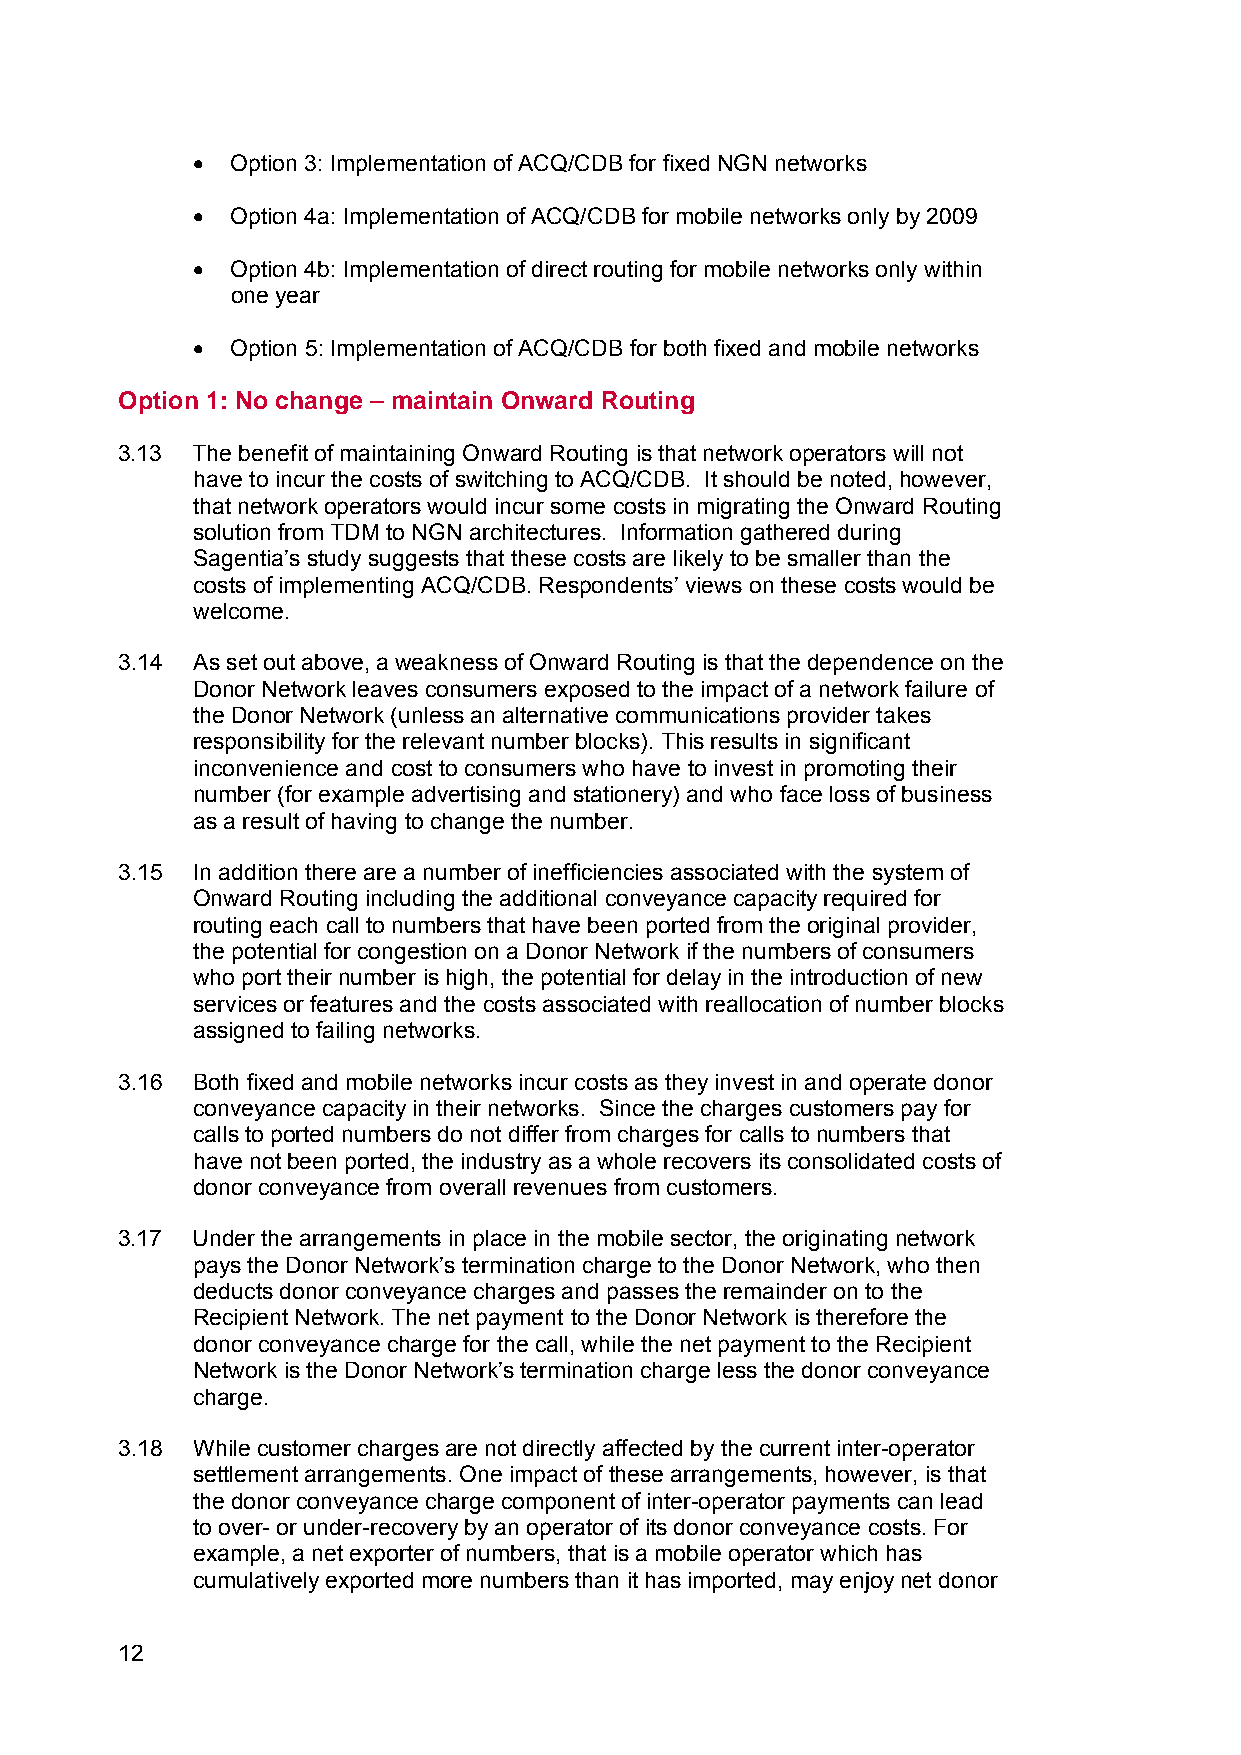
• Option 3: Implementation of ACQ/CDB for fixed NGN networks
 • Option 4a: Implementation of ACQ/CDB for mobile networks only by 2009
 • Option 4b: Implementation of direct routing for mobile networks only within
 one year
 • Option 5: Implementation of ACQ/CDB for both fixed and mobile networks
 Option 1: No change – maintain Onward Routing
 3.13 The benefit of maintaining Onward Routing is that network operators will not
 have to incur the costs of switching to ACQ/CDB. It should be noted, however,
 that network operators would incur some costs in migrating the Onward Routing
 solution from TDM to NGN architectures. Information gathered during
 Sagentia’s study suggests that these costs are likely to be smaller than the
 costs of implementing ACQ/CDB. Respondents’ views on these costs would be
 welcome.
 3.14 As set out above, a weakness of Onward Routing is that the dependence on the
 Donor Network leaves consumers exposed to the impact of a network failure of
 the Donor Network (unless an alternative communications provider takes
 responsibility for the relevant number blocks). This results in significant
 inconvenience and cost to consumers who have to invest in promoting their
 number (for example advertising and stationery) and who face loss of business
 as a result of having to change the number.
 3.15 In addition there are a number of inefficiencies associated with the system of
 Onward Routing including the additional conveyance capacity required for
 routing each call to numbers that have been ported from the original provider,
 the potential for congestion on a Donor Network if the numbers of consumers
 who port their number is high, the potential for delay in the introduction of new
 services or features and the costs associated with reallocation of number blocks
 assigned to failing networks.
 3.16 Both fixed and mobile networks incur costs as they invest in and operate donor
 conveyance capacity in their networks. Since the charges customers pay for
 calls to ported numbers do not differ from charges for calls to numbers that
 have not been ported, the industry as a whole recovers its consolidated costs of
 donor conveyance from overall revenues from customers.
 3.17 Under the arrangements in place in the mobile sector, the originating network
 pays the Donor Network’s termination charge to the Donor Network, who then
 deducts donor conveyance charges and passes the remainder on to the
 Recipient Network. The net payment to the Donor Network is therefore the
 donor conveyance charge for the call, while the net payment to the Recipient
 Network is the Donor Network’s termination charge less the donor conveyance
 charge.
 3.18 While customer charges are not directly affected by the current inter-operator
 settlement arrangements. One impact of these arrangements, however, is that
 the donor conveyance charge component of inter-operator payments can lead
 to over- or under-recovery by an operator of its donor conveyance costs. For
 example, a net exporter of numbers, that is a mobile operator which has
 cumulatively exported more numbers than it has imported, may enjoy net donor
 12